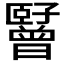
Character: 𬛪